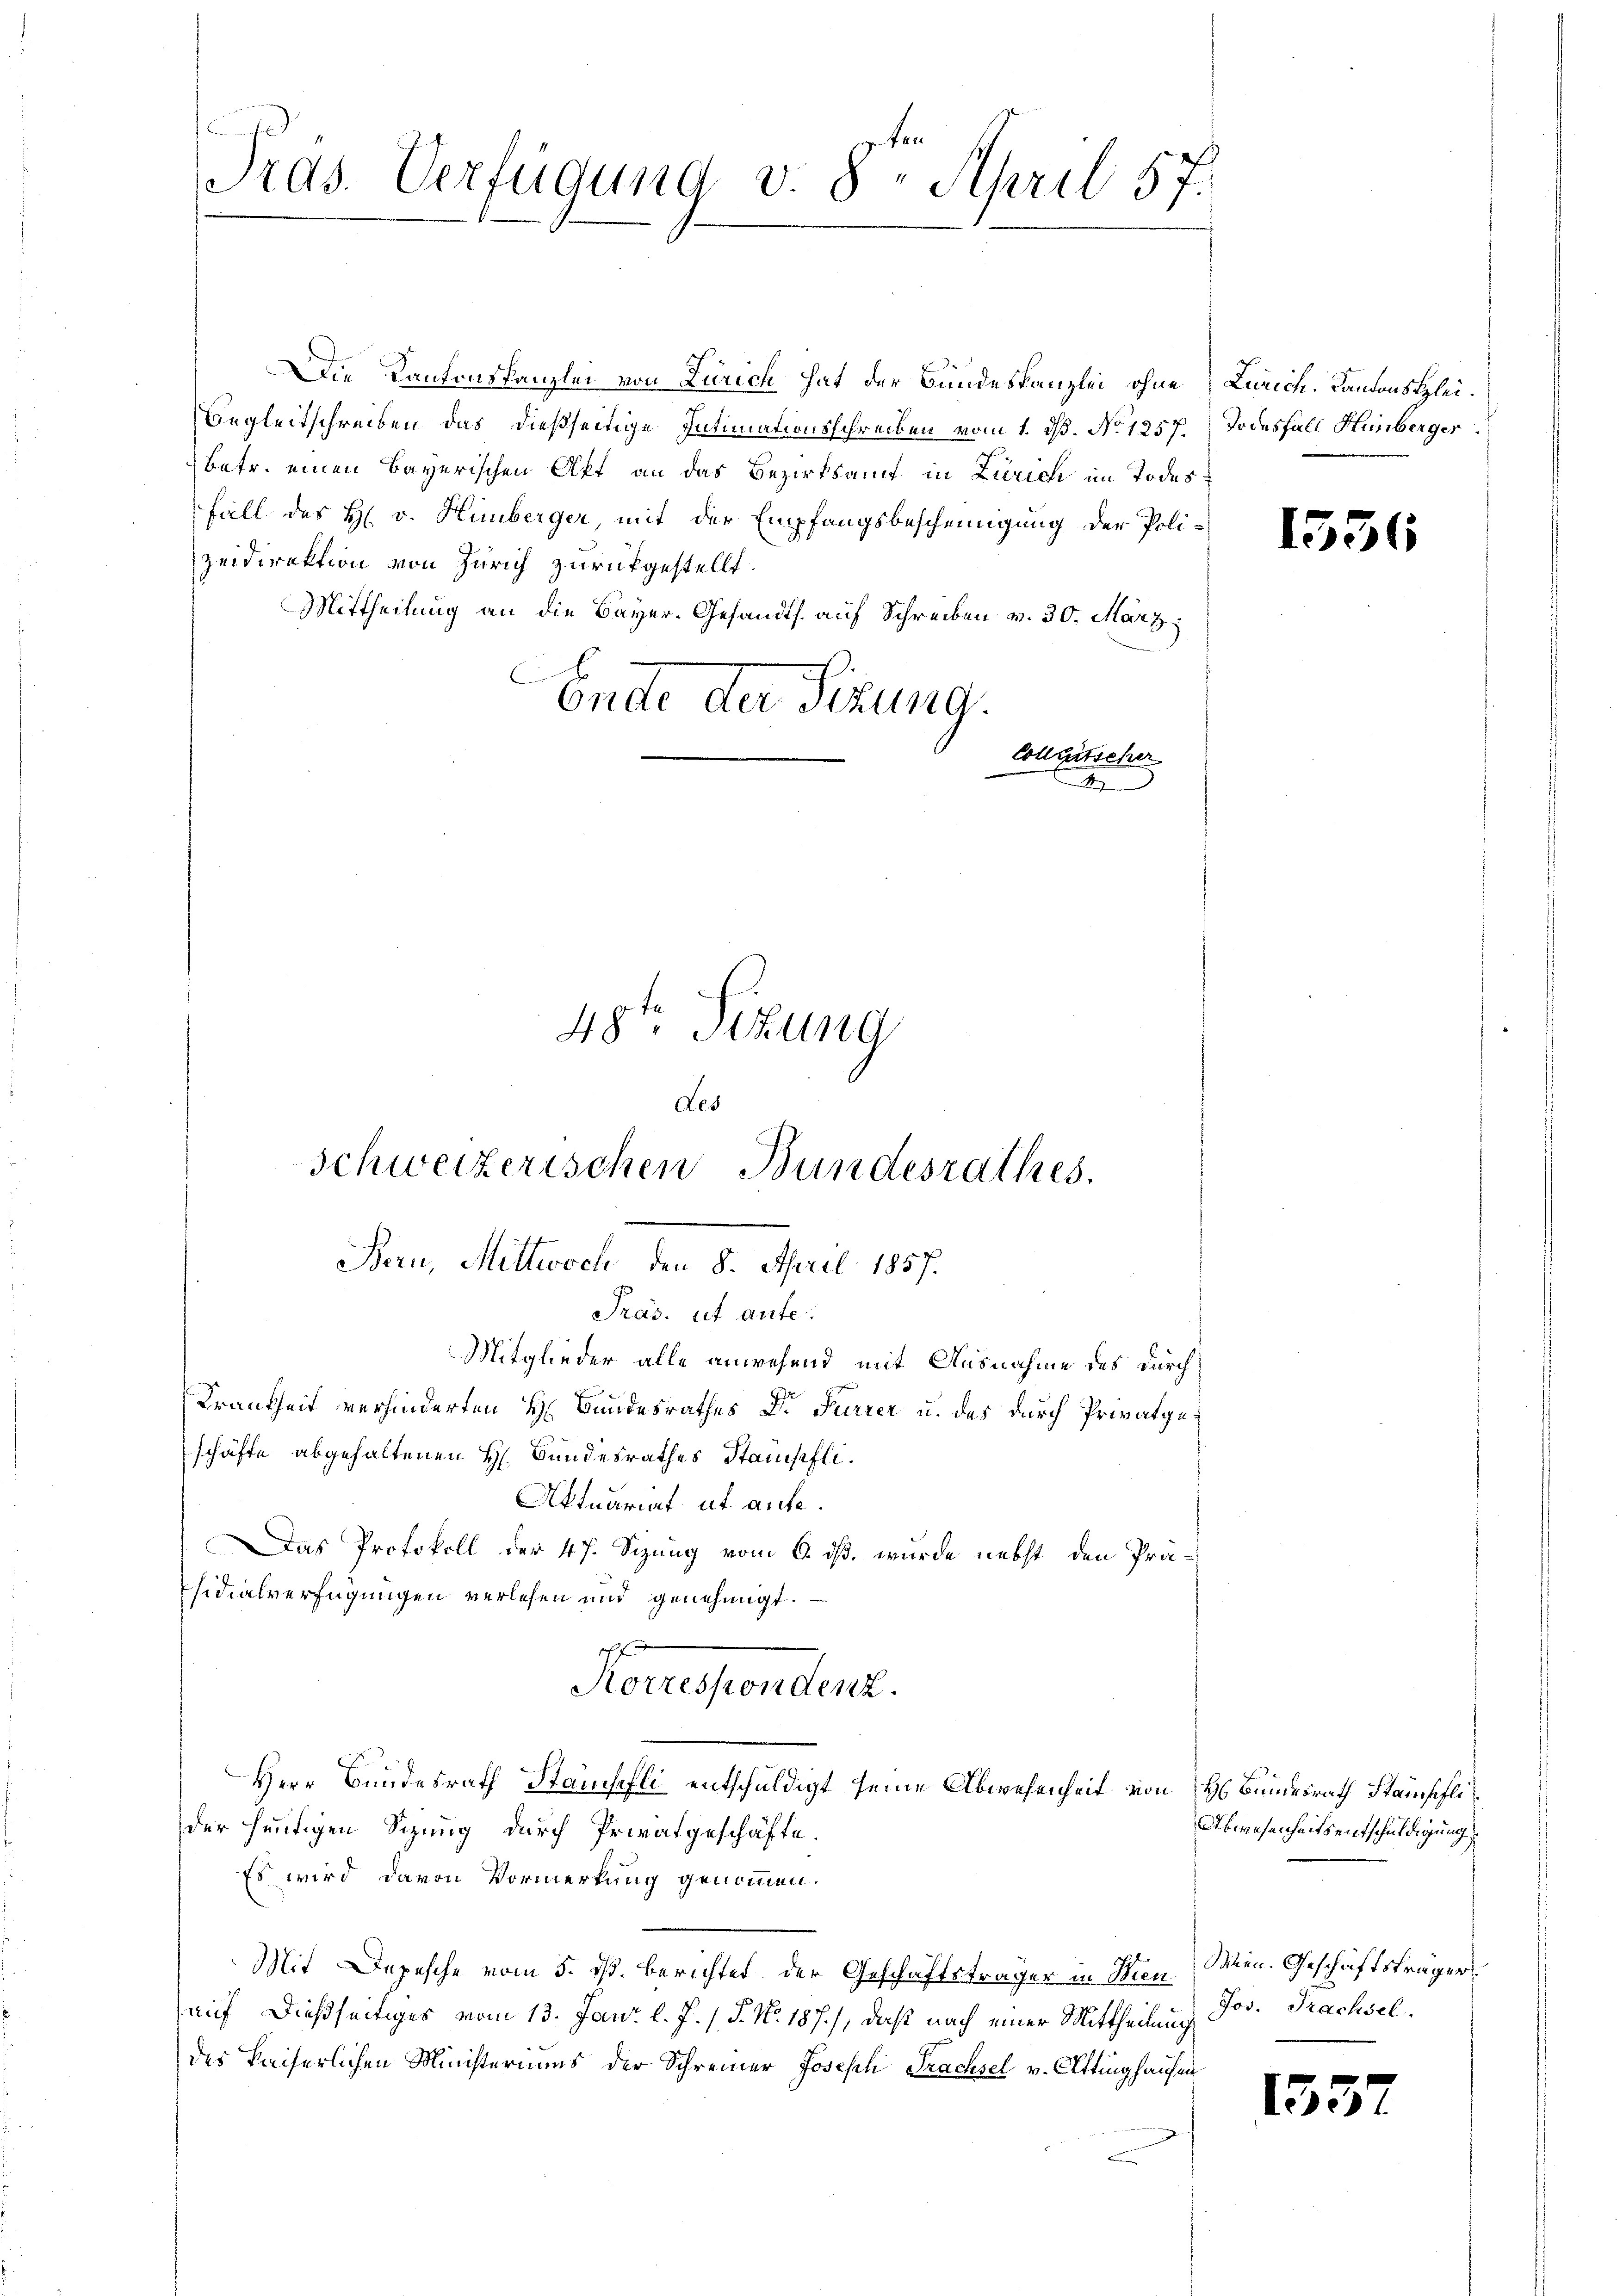
Prds. Verfügung v. 8. April 57.

Die Kantonskanzlei von Zürich hat der Bundeskanzlei ohne Zürich. Kantonsklei¬
Begleitschreiben das dießseitige Intimationsschreiben vom 1. ds. No. 1257. Todesfall Hinberger
betr. einen Bayerischen Akt an das Bezirksamt in Zürich im Todes¬
Fall des H. v. Humberger, mit der Empfangsbescheinigung der Poli-
zeidirektion von Zürich zurückgestellt.
Mittheilung an die Bayer-Gesandts. auf Schreiben v. 30. März
Ende der Sitzung.
Mitglieder alle anwesend mit Ausnahme des durch¬
Frankheit verhinderten H. Bundesrathes Dr Furrer u. das durch Privatgeschäfte abgehaltenen H. Bundesrathes Stanischli¬
Aktuariat et aufe.
Das Protokoll der 47. Sizung vom 6. ds. wurde nebst den Präsidialverfügungen verlesen und genehmigt.
f
Korrespondenz.
Herr Bundesrath Stänchefli entschuldigt seine Abwesenheit von H. Bundesrath Stainspfli
der heutigen Sizung durch Privatgeschäfte.
Es wird davon Vormerkung genommen.
Mit Depesche vom 5. ds. berichtet, der Geschäftsträger in Wien. Wien. Geschäftsträger
auf dießseitiges vom 13. Janr. l. J. /. P. No. 187.), daß nach einer Mittheilung
des Kaiserlichen Ministeriums der Schreiner Joseph Trachsel v. Ottinghausen

des
Schweizerischen Bundesrathes.
Bern, Mittwoch 8. April 1857.
Präs. ist aufe

Consischer

48te Sitzung

1536

Abwesenheits entschuldigung
Jos. Trachsel.

1537